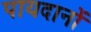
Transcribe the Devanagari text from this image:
पायदानों